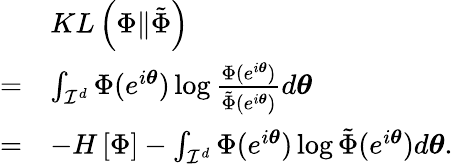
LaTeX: \begin{array}{rl}&{KL\left(\Phi\| \tilde{\Phi}\right)}\\ {=}&{\int_{\mathcal{I}^{d}}\Phi(e^{i\boldsymbol{\theta}})\log\frac{\Phi(e^{i\boldsymbol{\theta}})}{\tilde{\Phi}(e^{i\boldsymbol{\theta}})}d\boldsymbol{\theta}}\\ {=}&{-H\left[\Phi\right]-\int_{\mathcal{I}^{d}}\Phi(e^{i\boldsymbol{\theta}})\log\tilde{\Phi}(e^{i\boldsymbol{\theta}})d\boldsymbol{\theta}.}\end{array}